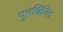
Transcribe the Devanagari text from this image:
पुनर्चित्रित